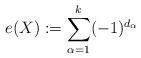
LaTeX: \begin{align*}e(X):=\sum_{\alpha=1}^k(-1)^{d_\alpha}\end{align*}